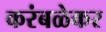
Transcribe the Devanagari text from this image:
करंबळेकर